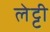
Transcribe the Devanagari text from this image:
लेट्टी